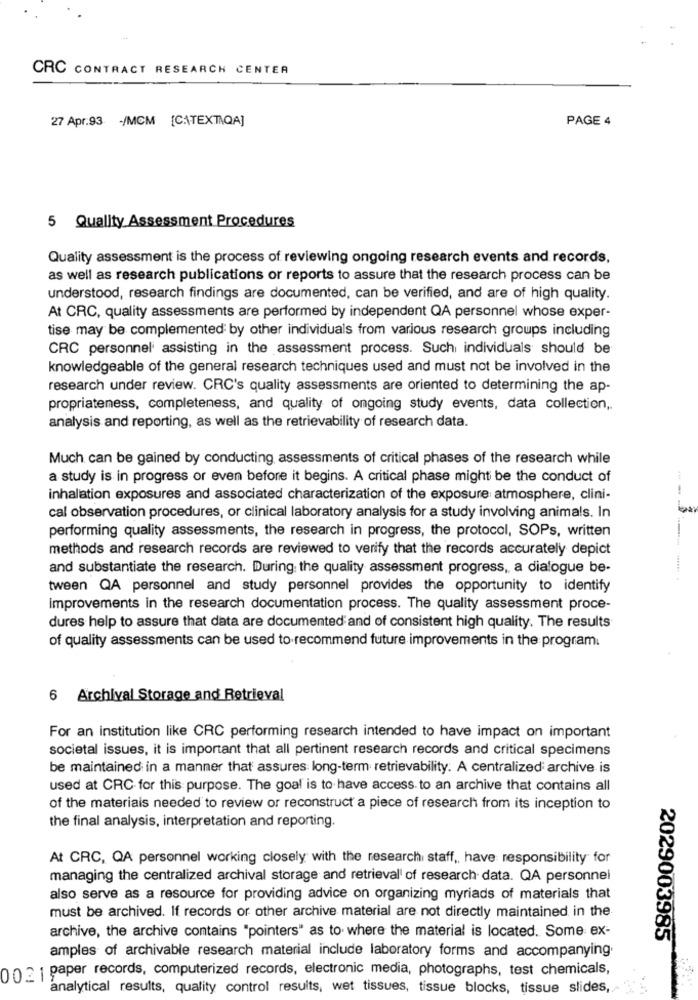
CRC CONTRACT RESEARCH CENTER
27 Apr.93 -/MCM [CATEXTQA]
PAGE 4
5 Quality Assessment Procedures
Quality assessment is the process of reviewing ongoing research events and records,
as well as research publications or reports to assure that the research process can be
understood, research findings are documented, can be verified, and are of high quality.
At CRC, quality assessments are performed by independent QA personnel whose exper-
tise may be complemented by other individuals from various research groups including
CRC personnel assisting in the assessment process. Such individuals should be
knowledgeable of the general research techniques used and must not be involved in the
research under review. CRC's quality assessments are oriented to determining the ap-
propriateness, completeness, and quality of ongoing study events, data collection ,.
analysis and reporting, as well as the retrievability of research data.
Much can be gained by conducting assessments of critical phases of the research while
a study is in progress or even before it begins. A critical phase might be the conduct of
inhalation exposures and associated characterization of the exposure atmosphere, clini-
cal observation procedures, or clinical laboratory analysis for a study involving animals. In
performing quality assessments, the research in progress, the protocol, SOPs, written
methods and research records are reviewed to verify that the records accurately depict
and substantiate the research. During the quality assessment progress, a dialogue be-
tween QA personnel and study personnel provides the opportunity to identify
improvements in the research documentation process. The quality assessment proce-
dures help to assure that data are documented and of consistent high quality. The results
of quality assessments can be used to recommend future improvements in the program.
6 Archival Storage and Retrieval
For an institution like CRC performing research intended to have impact on important
societal issues, it is important that all pertinent research records and critical specimens
be maintained in a manner that assures long-term retrievability. A centralized archive is
used at CRC for this purpose. The goal is to have access to an archive that contains all
of the materials needed to review or reconstruct a piece of research from its inception to
the final analysis, interpretation and reporting.
At CRC, QA personnel working closely with the research staff ,, have responsibility for
managing the centralized archival storage and retrieval' of research data. QA personnel
also serve as a resource for providing advice on organizing myriads of materials that
must be archived. If records or other archive material are not directly maintained in the
archive, the archive contains "pointers" as to where the material is located. Some ex-
2029003985
amples of archivable research material include laboratory forms and accompanying.
002 1 paper records, computerized records, electronic media, photographs, test chemicals,
analytical results, quality control results, wet tissues, tissue blocks, tissue slides,